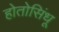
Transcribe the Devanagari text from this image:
होतोसिंधू